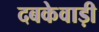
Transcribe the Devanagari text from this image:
दबकेवाड़ी